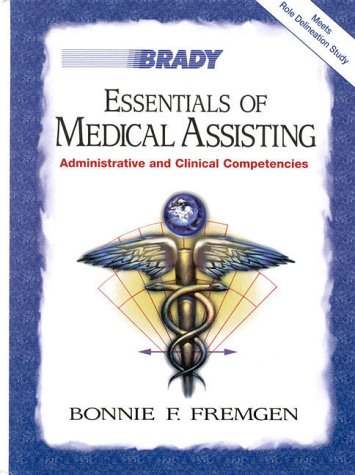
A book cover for Essentials of Medical Assisting: Administrative and Clinical Competencies with Software; Bonnie F. Fremgen; Medical Books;